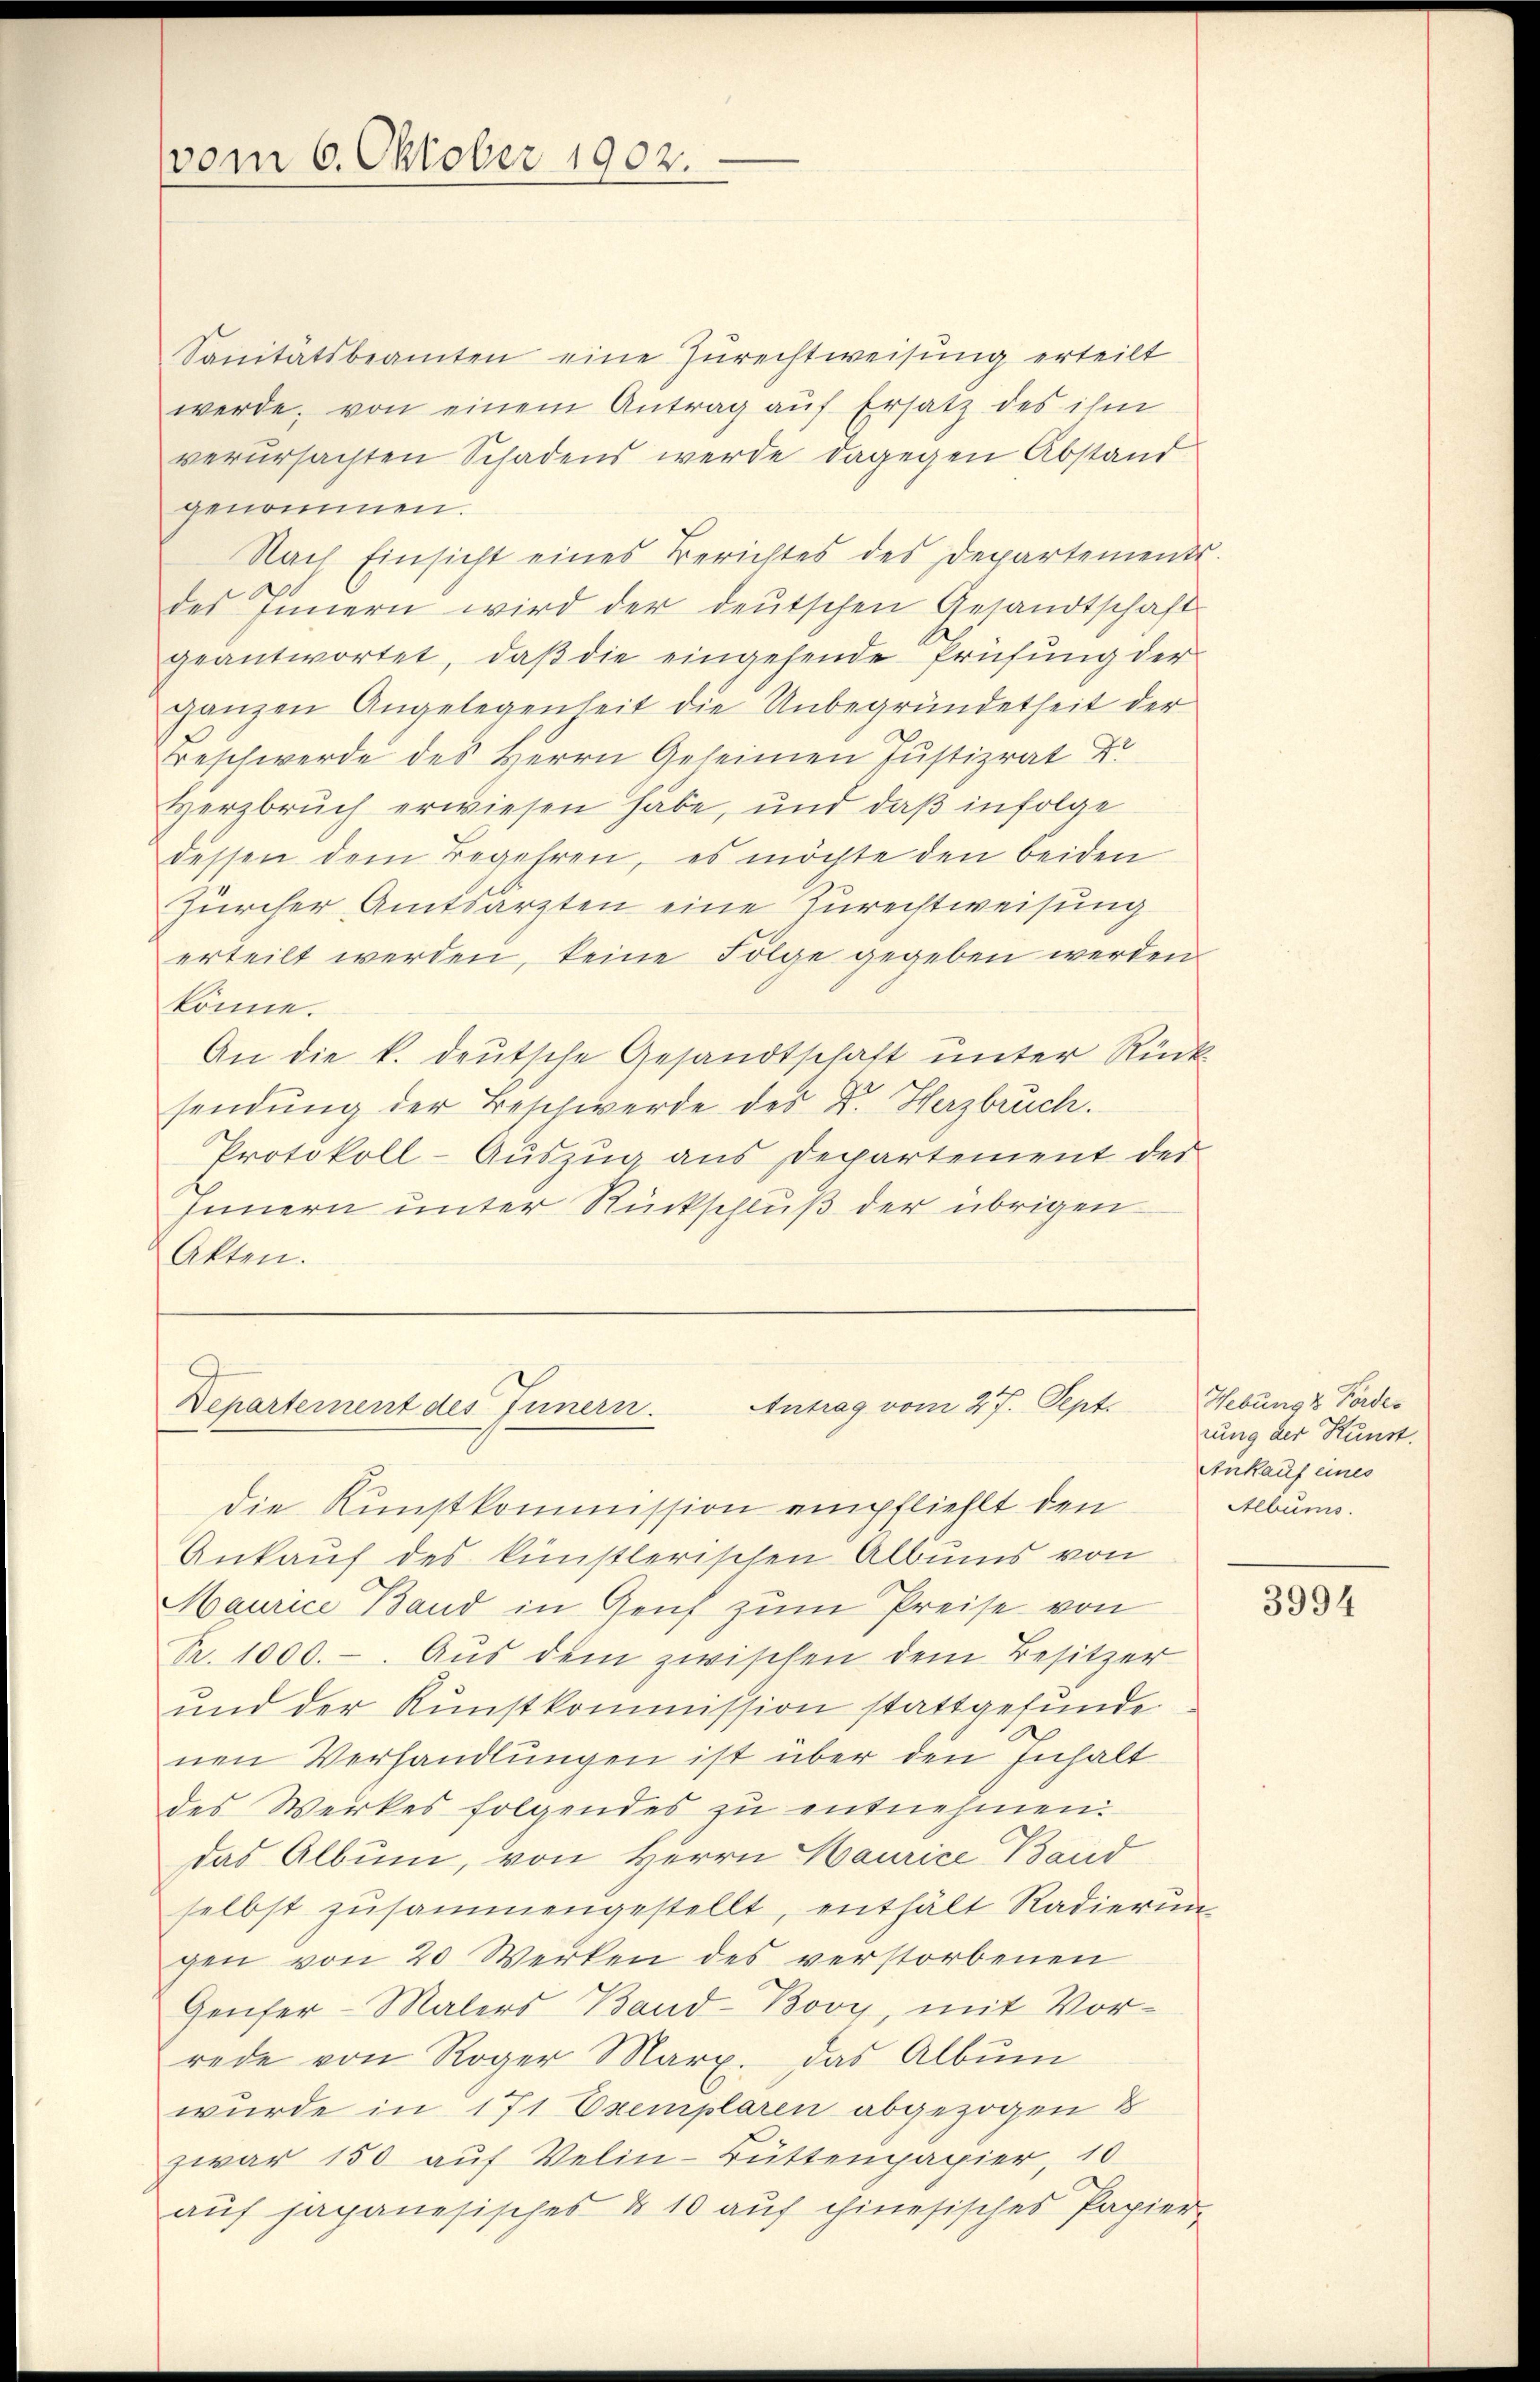
vom 6. Oktober 1902.

Sanitätsbeamten eine Zurechtweisung erteilt
werde, von einem Antrag auf Ersatz des ihm
verursachten Schadens werde dagegen Abstand
genommen.
Nach Einsicht eines Berichtes des Departements.
des Innern wird der deŭtschen Gesandtschaft
geantwortet, daß die eingehende Prüfung der
ganzen Angelegenheit die Unbegründetheit der
Beschwerde des Herrn Geleinen Justizrat Dr.
Herzbruch erwiesen habe, und daß infolge
dessen dem Begehren, es möchte den beiden
Zürcher Amtsarzten eine Zurechtweisung
erteilt werden, keine Folge gegeben werden
könne.
An die k. deutsche Gesandtschaft unter Rück
sendung der Beschwerde des Dr. Herzbruch.
Protokoll-Auszug aus Departement der
Innern unter Rückschluß der übrigen
Akten.

Antrag vom 27. Sept.
Departement des Innern.

die Kunstkommission empfiehlt den
Ankauf des künstlerischen Albums von
Maurice Band in Genf zum Preise von
Pr. 1000.-. Aus dem zwischen dem Besitzer
und der Kunstkommission stattgefunde.
nen Verhandlungen ist über den Inhalt
des Werkes folgendes zu entnehmen.
das Album, von Herrn Haurice Band
selbst zŭsammengestellt, enthält Radierŭng
gen von 20 Werken des verstorbenen
Genfer-Malers Band-Bovy, mit Vor-
rede von Roger Marx. das Albŭm
wurde in 171 Exemplaren abgezogen &
zwar 150 auf Velin-Büttenpapier, 10
auf japanesisches & 10 auf chinesisches Papier-

Hebung 2 Fordes
rung der Kunst.
Ankauf eines
Albums.

3994